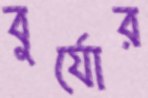
বুর্যোর